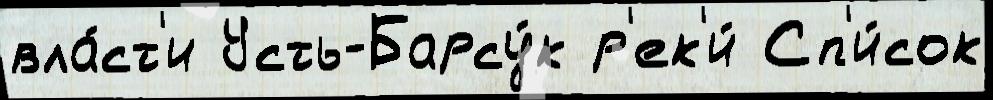
вла́ст'и Усть-Барсу́к р'ек'и́ Сп'и́сок